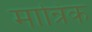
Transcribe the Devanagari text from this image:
मान्रिक